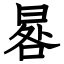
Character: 晷